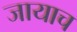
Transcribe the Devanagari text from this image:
जायाच